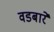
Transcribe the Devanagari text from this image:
वडबारे